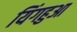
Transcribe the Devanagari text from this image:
यिंगहुआ